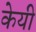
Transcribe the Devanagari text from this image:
केयी